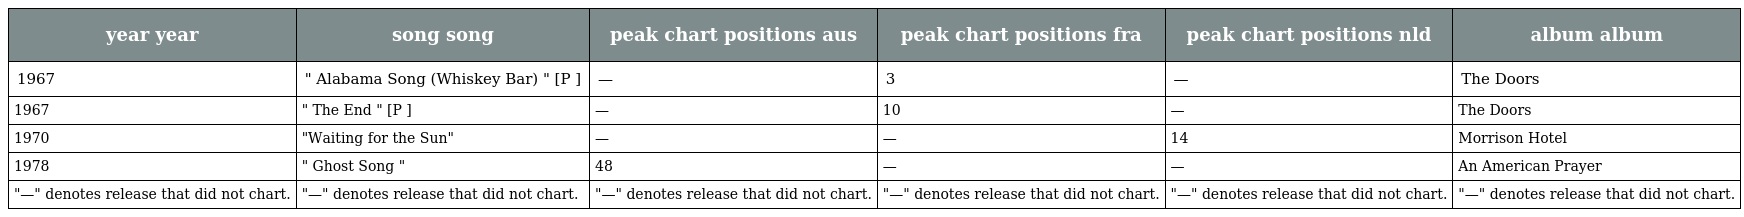
| year year | song song | peak chart positions aus | peak chart positions fra | peak chart positions nld | album album |
 | --- | --- | --- | --- | --- | --- |
 | 1967 | " Alabama Song (Whiskey Bar) " [P ] | — | 3 | — | The Doors |
 | 1967 | " The End " [P ] | — | 10 | — | The Doors |
 | 1970 | "Waiting for the Sun" | — | — | 14 | Morrison Hotel |
 | 1978 | " Ghost Song " | 48 | — | — | An American Prayer |
 | "—" denotes release that did not chart. | "—" denotes release that did not chart. | "—" denotes release that did not chart. | "—" denotes release that did not chart. | "—" denotes release that did not chart. | "—" denotes release that did not chart. |